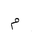
Letter: _mim